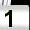
Digit: 1